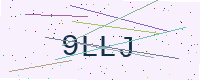
Text: 9LLJ